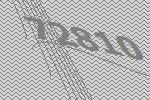
72810